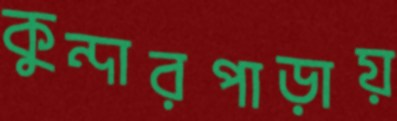
কুন্দারপাড়ায়